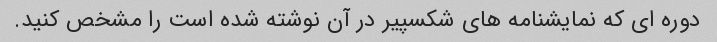
دوره ای که نمایشنامه های شکسپیر در آن نوشته شده است را مشخص کنید.